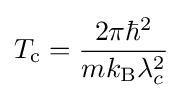
T_{\text{c}}={\frac {2\pi \hbar ^{2}}{mk_{\text{B}}\lambda _{c}^{2}}}